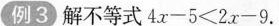
例3 解不等式$$4x-5<2x-9$$.